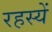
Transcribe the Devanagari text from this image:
रहस्यें